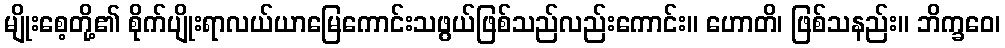
မျိုးစေ့တို့၏ စိုက်ပျိုးရာလယ်ယာမြေကောင်းသဖွယ်ဖြစ်သည်လည်းကောင်း။ ဟောတိ၊ ဖြစ်သနည်း။ ဘိက္ခဝေ၊